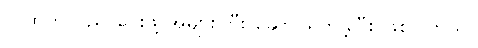
လူထုကို ပညာပေးဖို့ အများကြီး ဆောင်ရွက်ခဲ့ပြီး ဖြစ်ပါတယ်။